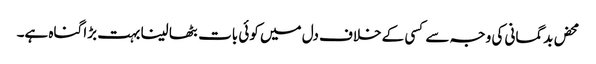
محض بدگمانی کی وجہ سے کسی کے خلاف دل میں کوئی بات بٹھا لینا بہت بڑا گناہ ہے۔